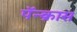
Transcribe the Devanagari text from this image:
पॅन्क्रास